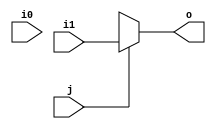
module mux2 (input wire i0,i1,j, output wire o);

assign o = (j==0)? io:i1;

endmodule